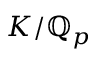
K / \mathbb { Q } _ { p }